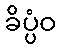
ခိပ္ပံဝ